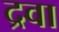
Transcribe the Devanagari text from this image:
द्रवा